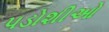
પડોશીઓ